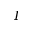
I